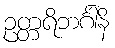
ဥတ္တရိဘင်္ဂါနိ